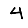
Digit: 4